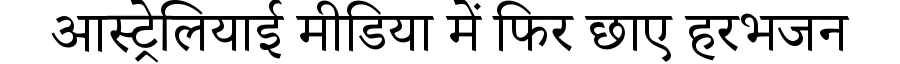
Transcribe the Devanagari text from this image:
आस्ट्रेलियाई मीडिया में फिर छाए हरभजन